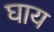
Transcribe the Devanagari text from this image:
घाय